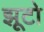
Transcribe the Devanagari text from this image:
झूटो